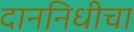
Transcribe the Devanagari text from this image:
दाननिधीचा